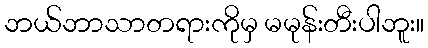
ဘယ်ဘာသာတရားကိုမှ မမုန်းတီးပါဘူး။